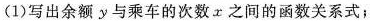
(1) 写出余额 y 与乘车的次数 x 之间的函数关系式；